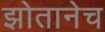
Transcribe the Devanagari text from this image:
झोतानेच